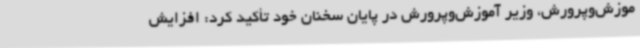
موزش‌وپرورش، وزیر آموزش‌وپرورش در پایان سخنان خود تأکید کرد: افزایش